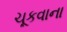
ચૂકવાના